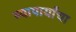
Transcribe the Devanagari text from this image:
व्यापार्यांचा